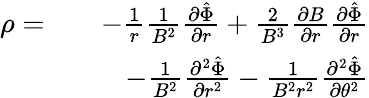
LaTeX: \begin{array}{rlr}{\rho=}&{}&{-\frac{1}{r}\frac{1}{B^{2}}\frac{\partial\hat{\Phi}}{\partial r}+\frac{2}{B^{3}}\frac{\partial B}{\partial r}\frac{\partial\hat{\Phi}}{\partial r}}\\ &{}&{-\frac{1}{B^{2}}\frac{\partial^{2}\hat{\Phi}}{\partial r^{2}}-\frac{1}{B^{2}r^{2}}\frac{\partial^{2}\hat{\Phi}}{\partial\theta^{2}}}\end{array}